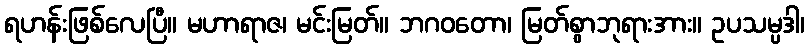
ရဟန်းဖြစ်လေပြီ။ မဟာရာဇ၊ မင်းမြတ်။ ဘဂဝတော၊ မြတ်စွာဘုရားအား။ ဥပသမ္ပဒါ၊